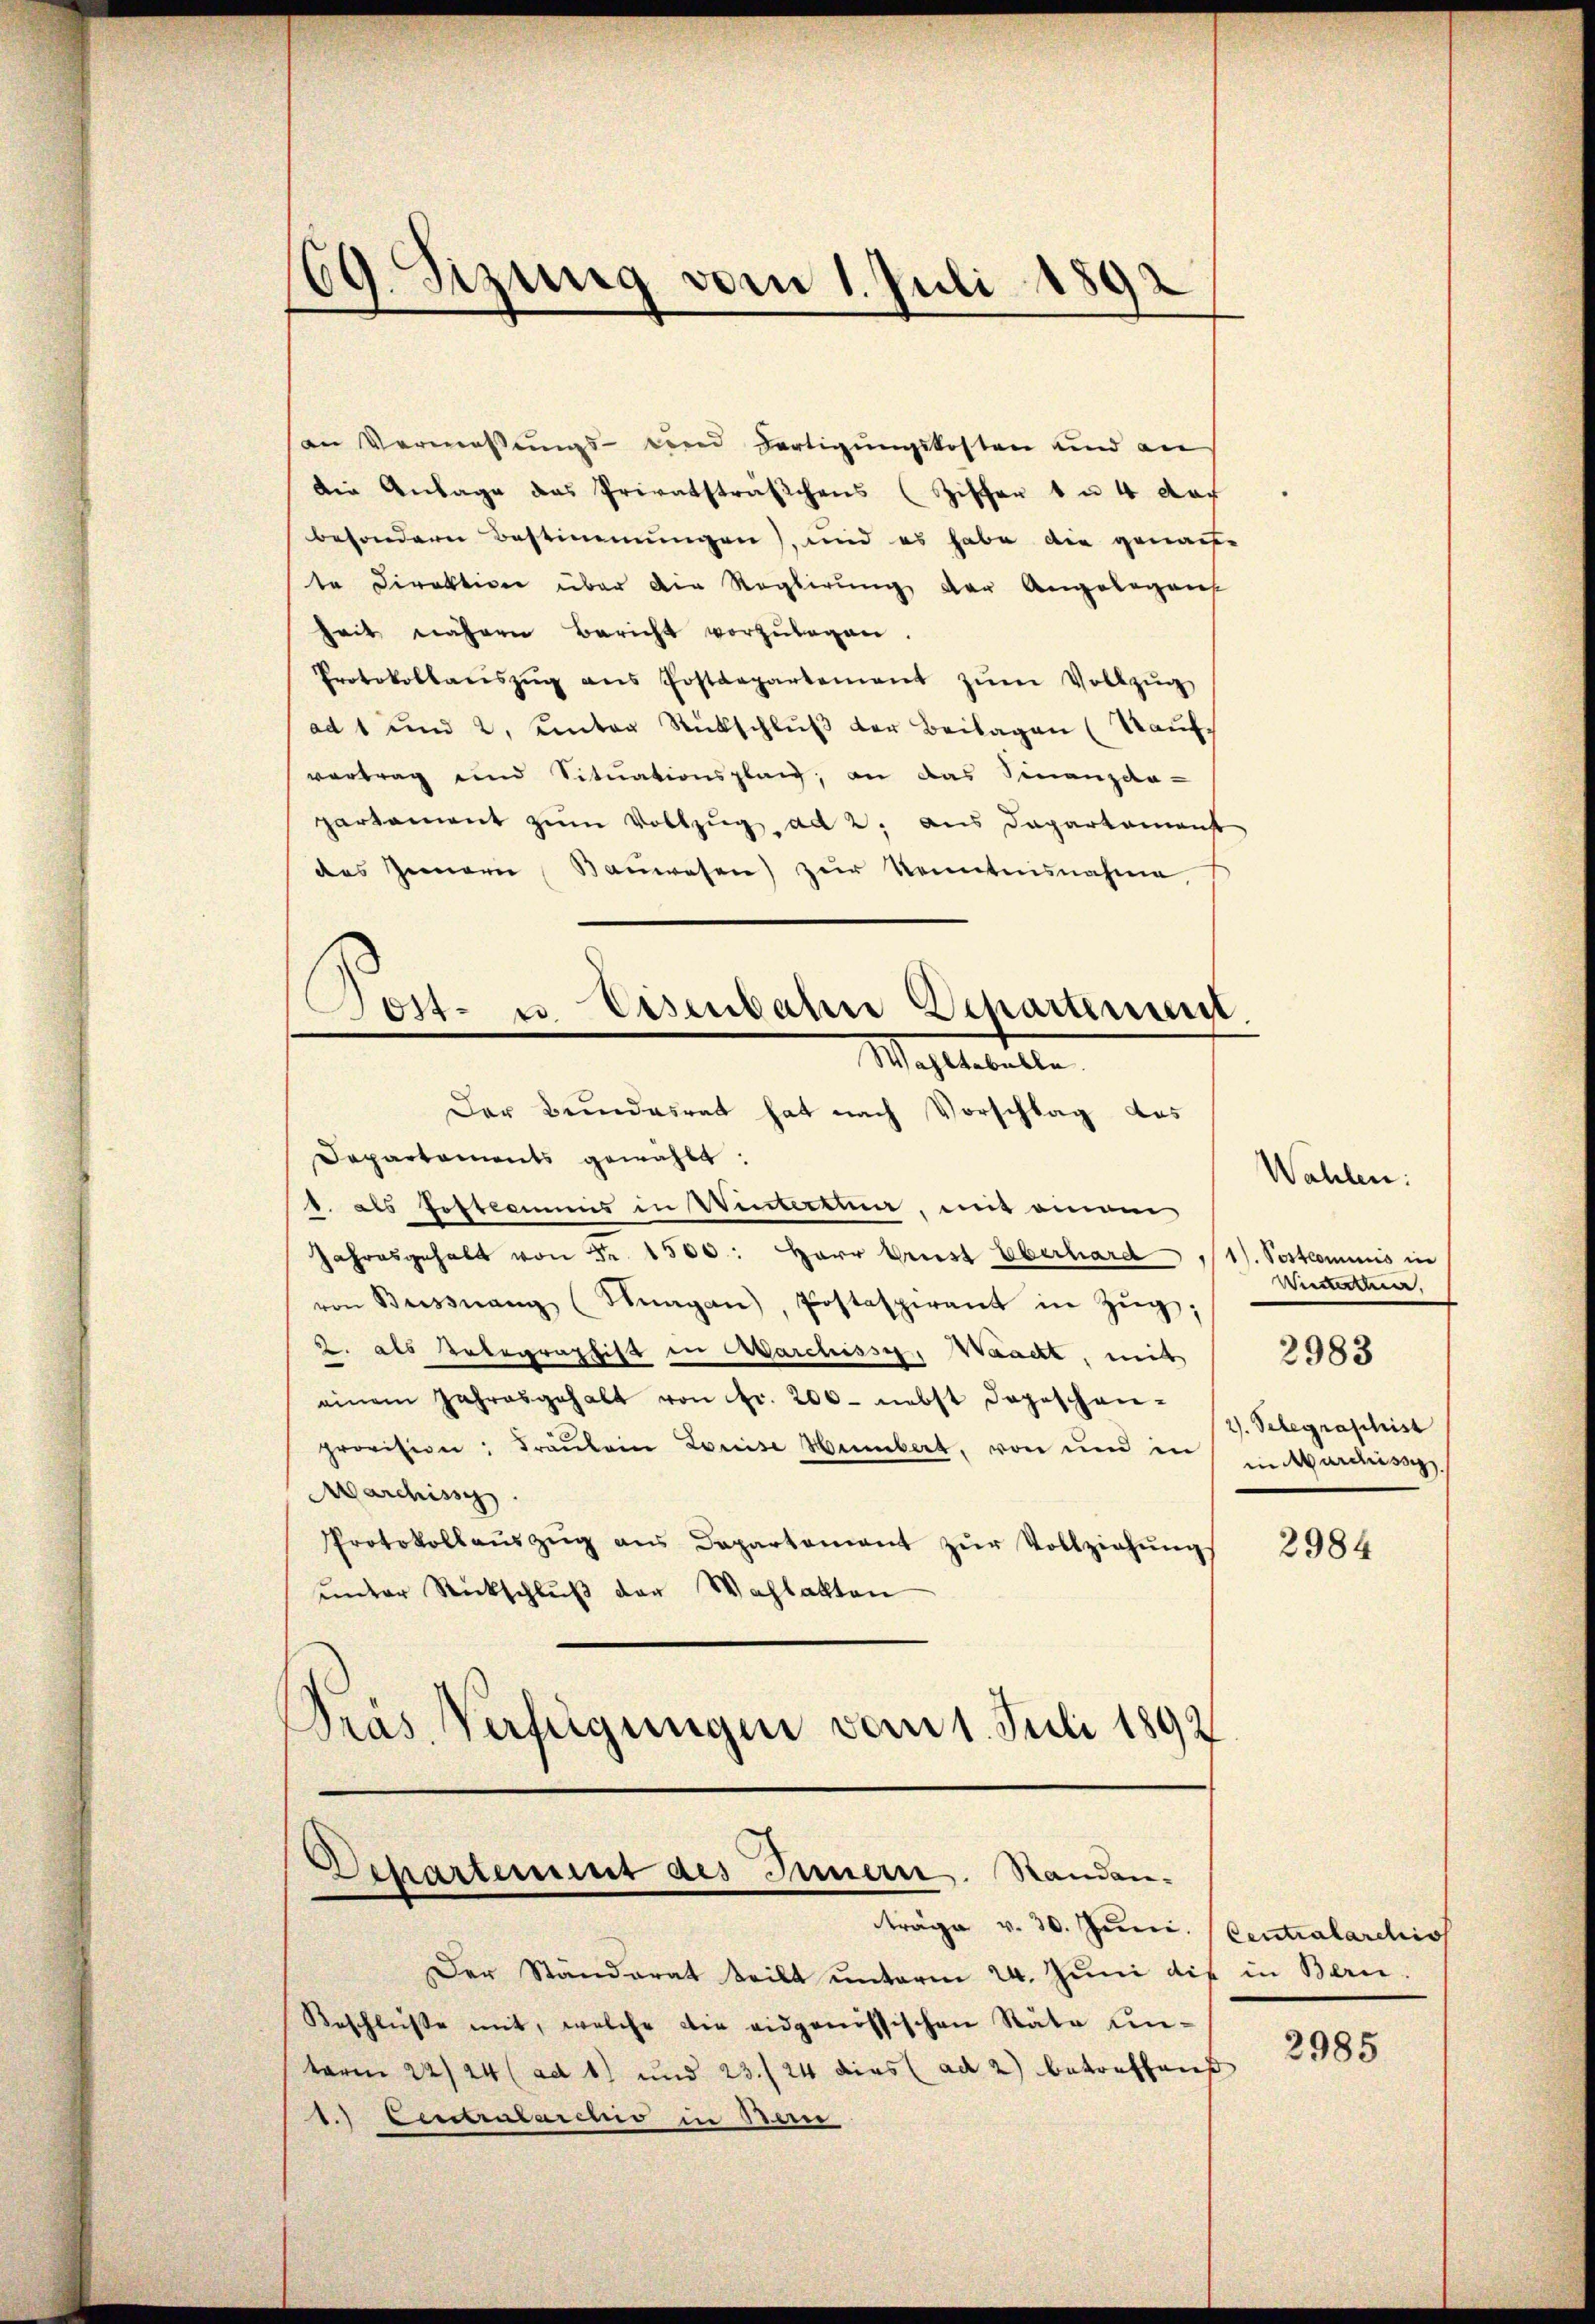
¬
ig Szung vom 1. Juli 1892

Wahlteballe.
Der Bundesrat hat nach Vorschlag des

an Vermessungs- und dortigungskosten und an
die Anlage das Privatsträßchens (Zischen 1 u. 4 der
besondern Bestimmungen), und es habe die genaue
te Direktion über die Regierung der Angelegens
heit nähern Bericht vorzŭlegen.
Protokollauszug aus Postdepartement zum Vollzug
ad 1 und 2. unter Rückschlŭβ der Beilagen (Kauf
vortrag und Situationsplan, an das Finanzda-
partement zum Vollzug ad 2. aus Departement
des Zimern Baŭwesen) zŭr Kenntnisnahme,
Post- u. Eisenbahn Departement.

Dapartaments gewählt:
1. als Gestamms in Wintertum, mit einem
Jahresgehalt von Nr. 1500. Herr Arnst Überhard 1/11. Postcommis in
von Bussnang (Vagan), Postaspirant in Zŭg;
2. als Inbegraphist in Marchisse, Waacht, mit
einem Jahresgehalt von fr. 200. nebst dageschen-
provision: Fräŭlein Louise Humbert, von und in
Marchissys
Protokollaŭszŭg aŭs Departement zŭr Vollziehŭngs
ŭnter Rückschlŭβ der Wahlakten
Präs. Verfügungen vom 1. Juli 1892

Departement des Innern. Standen-
träge v. 30. Juni. Centralarchis

Der Ständerat teilt ŭnterm 24. Juni die in Bern
Reschlüsse mit, welche die eidgenössischen Räte unterm 22/24 (ad 1) und 23./24 dies (ad 2) betreffen
1.) Besseruarchiv in Ban

Wahlen:
Winter,
2983
2). Selegraschist
in Marcissi

2984

2985